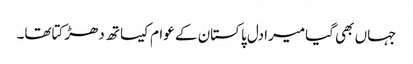
جہاں بھی گیامیرادل پاکستان کے عوام کیساتھ دھڑکتاتھا۔